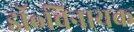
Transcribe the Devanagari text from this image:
डॉ॰विनायक